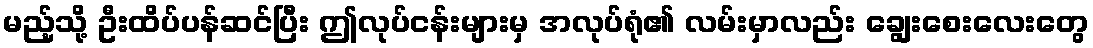
မည့်သို့ ဦးထိပ်ပန်ဆင်ပြီး ဤလုပ်ငန်းများမှ အလုပ်ရုံ၏ လမ်းမှာလည်း ချွေးစေးလေးတွေ